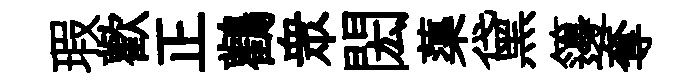
瑕歡正鸛衆閎蕖黛籩奪